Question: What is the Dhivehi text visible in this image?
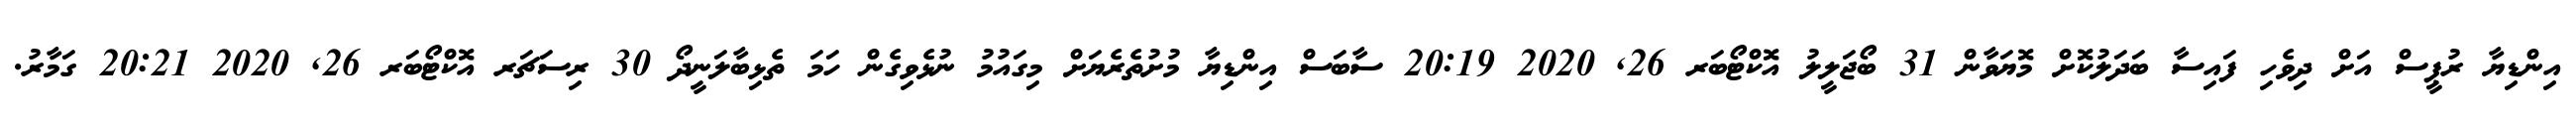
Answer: އިންޑިޔާ ރުޕީސް އަށް ދިވެހި ފައިސާ ބަދަލުކޮށް މޮޔަވާން 31 ބޯޖަލީލު އޮކްޓޯބަރ 26, 2020 20:19 ސާބަސް އިންޑިޔާ މުށުތެރެޔަށް މިގައުމު ނުޅެވިގެން ހަމަ ތެޅިބާލަނީދޯ 30 ރިސަޗަރ އޮކްޓޯބަރ 26, 2020 20:21 ގަމާރު.